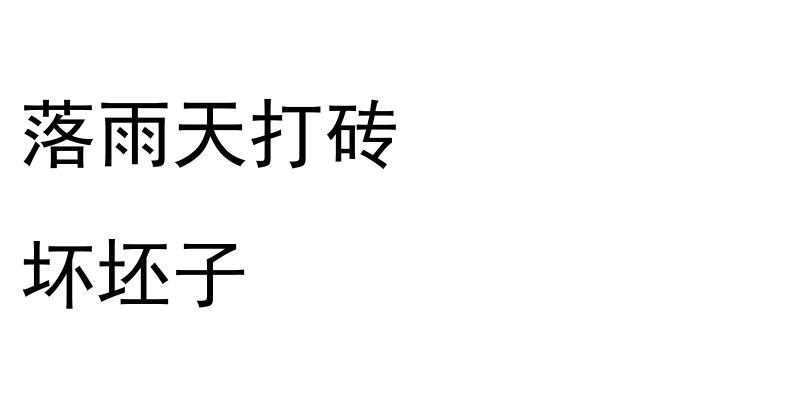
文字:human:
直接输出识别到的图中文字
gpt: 落雨天打砖 坏坯子